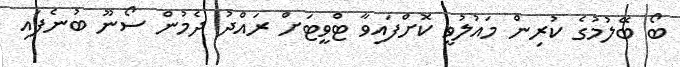
ބޯ ބޭލުމުގެ ކުރިން މައުލުވީ ކޮށްފައިވާ ޓްވީޓަށް ރައްދު ދެމުން ސޯނޫ ބުނެފައި